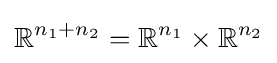
\mathbb {R} ^{n_{1}+n_{2}}=\mathbb {R} ^{n_{1}}\times \mathbb {R} ^{n_{2}}